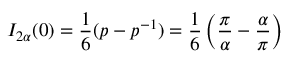
I _ { 2 \alpha } ( 0 ) = \frac { 1 } { 6 } ( p - p ^ { - 1 } ) = \frac { 1 } { 6 } \left( \frac { \pi } { \alpha } - \frac { \alpha } { \pi } \right)